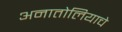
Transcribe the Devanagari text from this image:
अनातोलियाचे